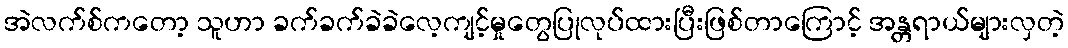
အဲလက်စ်ကတော့ သူဟာ ခက်ခက်ခဲခဲလေ့ကျင့်မှုတွေပြုလုပ်ထားပြီးဖြစ်တာကြောင့် အန္တရာယ်များလှတဲ့